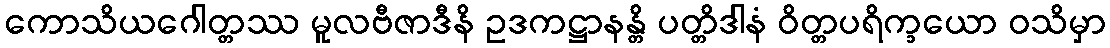
ကောသိယဂေါတ္တဿ မူလဗီဇာဒီနိ ဥဒကဋ္ဌာနန္တိ ပတ္တိဒါနံ ဝိတ္တပရိက္ခယော ဝသိမှာ